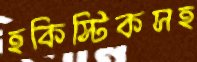
হকিস্টিকসহ